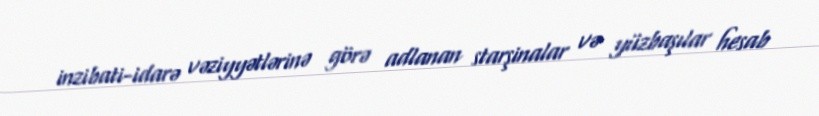
inzibati-idarə vəziyyətlərinə görə adlanan starşinalar və yüzbaşılar hesab